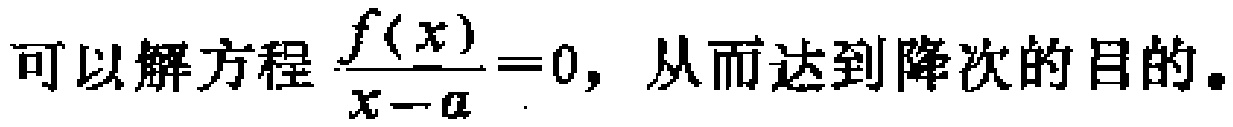
可以解方程$\frac{f(x)}{x - a}=0$，从而达到降次的目的。